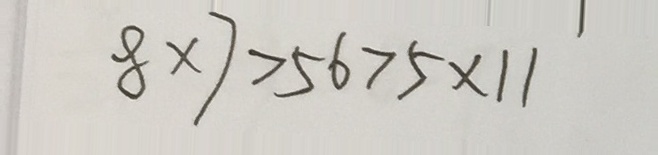
8 \times 7 > 5 6 > 5 \times 1 1